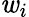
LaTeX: \mathit{w}_{i}